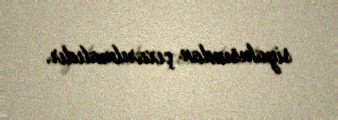
siyahısından çıxarılmalıdır.